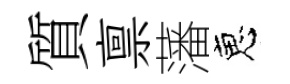
質禀藩恵